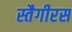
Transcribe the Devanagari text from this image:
स्तैगीरस